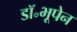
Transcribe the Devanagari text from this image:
डॉ॰भूपेन